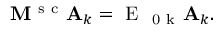
\begin{array} { r } { \mathbf { M ^ { \mathrm { ~ s ~ c ~ } } } \mathbf { A } _ { k } = \mathrm { ~ E ~ } _ { \mathrm { ~ 0 ~ k ~ } } \mathbf { A } _ { k } . } \end{array}